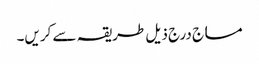
مساج درج ذیل طریقہ سے کریں۔